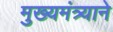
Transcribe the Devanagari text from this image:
मुख्यमंत्र्याने